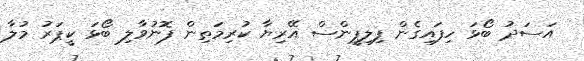
އަސަދު ބޯޅަ ހިފައިގެން ފިލިޕީންސް އޭރިޔާ ކުރިމަތިން ފޮނުވާލި ބޯޅަ ކީޕަރު މުލާ